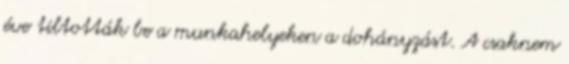
éve tiltották be a munkahelyeken a dohányzást. A csaknem